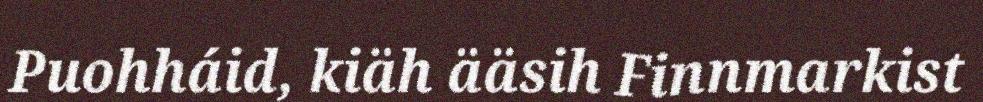
Puohháid, kiäh ääsih Finnmarkist